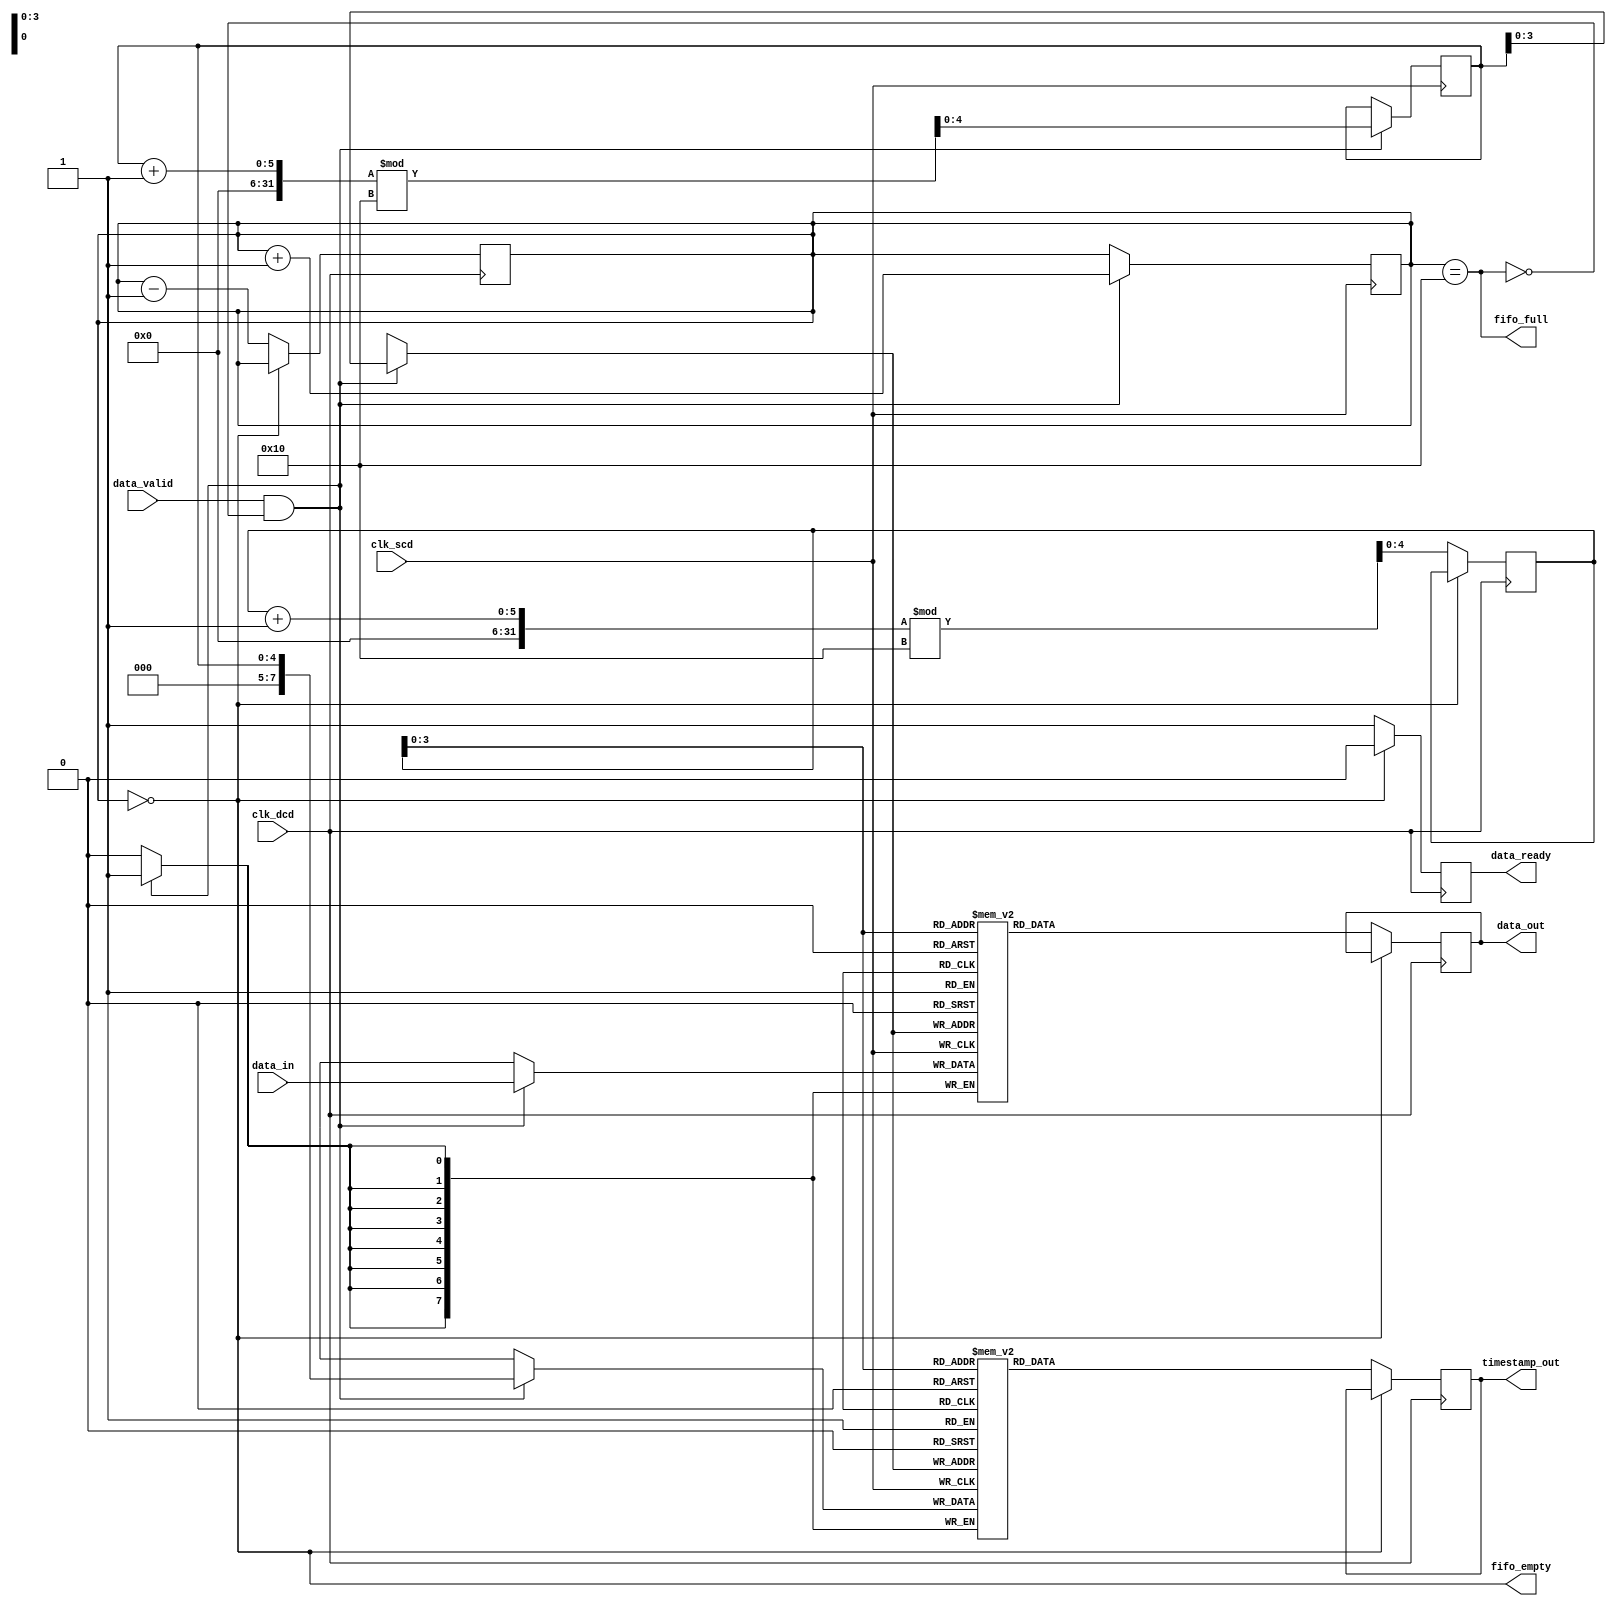
module MemoryBlocksTimeStampedSynchronizer #(
    parameter DATA_WIDTH = 8,
    parameter TIMESTAMP_WIDTH = 8,
    parameter FIFO_DEPTH = 16
)(
    input wire clk_scd,                     // Source Clock Domain
    input wire clk_dcd,                     // Destination Clock Domain
    input wire [DATA_WIDTH-1:0] data_in,    // Input Data
    input wire data_valid,                   // Input Data Valid Signal
    output wire [DATA_WIDTH-1:0] data_out,  // Output Data
    output wire [TIMESTAMP_WIDTH-1:0] timestamp_out, // Output Timestamp
    output wire data_ready,                  // Output Data Ready Signal
    output wire fifo_empty,                  // FIFO Empty Flag
    output wire fifo_full                    // FIFO Full Flag
);

    // FIFO Buffer
    reg [DATA_WIDTH-1:0] fifo_data [0:FIFO_DEPTH-1];
    reg [TIMESTAMP_WIDTH-1:0] fifo_timestamp [0:FIFO_DEPTH-1];
    reg [4:0] write_pointer = 0;
    reg [4:0] read_pointer = 0;
    reg [4:0] fifo_count = 0;

    // Write Logic (SCD)
    always @(posedge clk_scd) begin
        if (data_valid && !fifo_full) begin
            fifo_data[write_pointer] <= data_in;
            fifo_timestamp[write_pointer] <= write_pointer; // Using write_pointer as timestamp
            write_pointer <= (write_pointer + 1) % FIFO_DEPTH;
            fifo_count <= fifo_count + 1;
        end
    end

    // Read Logic (DCD)
    reg [DATA_WIDTH-1:0] data_out_reg;
    reg [TIMESTAMP_WIDTH-1:0] timestamp_out_reg;
    reg data_ready_reg;

    always @(posedge clk_dcd) begin
        if (!fifo_empty) begin
            data_out_reg <= fifo_data[read_pointer];
            timestamp_out_reg <= fifo_timestamp[read_pointer];
            read_pointer <= (read_pointer + 1) % FIFO_DEPTH;
            fifo_count <= fifo_count - 1;
            data_ready_reg <= 1'b1;
        end else begin
            data_ready_reg <= 1'b0;
        end
    end

    // Output Assignments
    assign data_out = data_out_reg;
    assign timestamp_out = timestamp_out_reg;
    assign data_ready = data_ready_reg;
    assign fifo_empty = (fifo_count == 0);
    assign fifo_full = (fifo_count == FIFO_DEPTH);

endmodule